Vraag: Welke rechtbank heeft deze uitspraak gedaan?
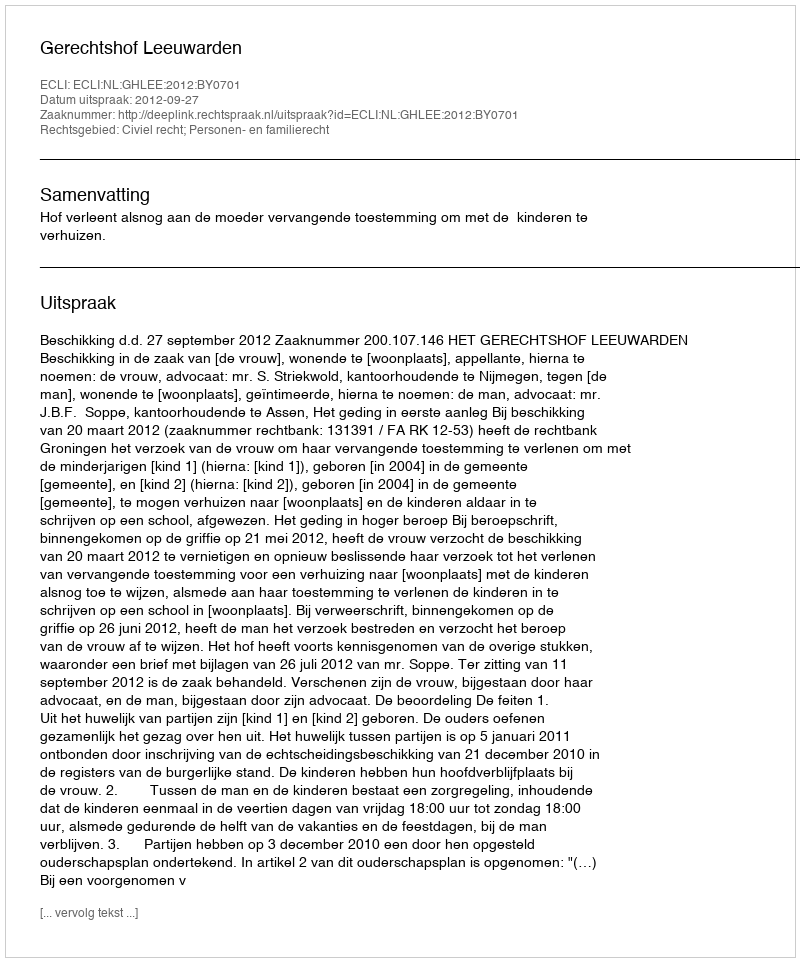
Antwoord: Gerechtshof Leeuwarden